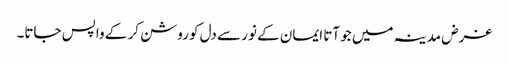
غرض مدینہ میں جو آتا ایمان کے نور سے دل کو روشن کر کے واپس جاتا۔